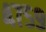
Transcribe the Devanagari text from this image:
४७५९